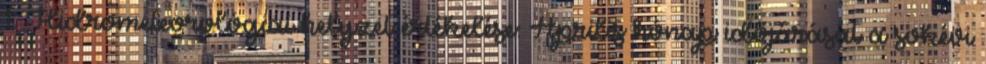
1. Hidrometeorológiai helyzet értékelése: Április hónap időjárását a sokévi